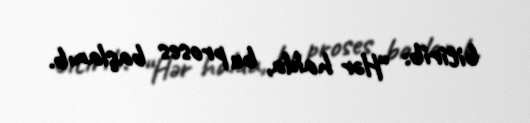
bitirib: “Hər halda, bu proses başlanıb.